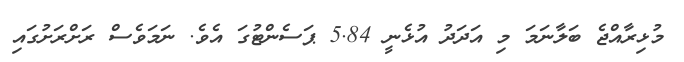
މުޅިރާއްޖެ ބަލާނަމަ މި އަދަދު އުޅެނީ 5.84 ޕަސެންޓުގަ އެވެ. ނަމަވެސް ރަށްރަށުގައި